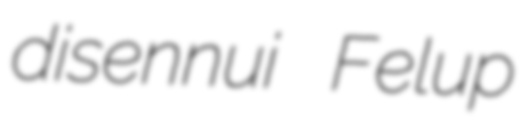
disennui Felup